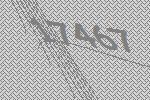
17467